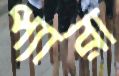
প্যারা